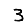
Digit: 3